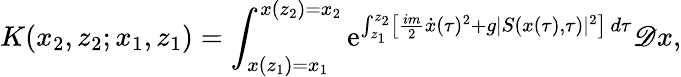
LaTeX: K(x_{2},z_{2};x_{1},z_{1})=\int_{x(z_{1})=x_{1}}^{x(z_{2})=x_{2}}\mathrm{e}^{\int_{z_{1}}^{z_{2}}\left\lbrack\frac{im}{2}\dot{x}(\tau)^{2}+g\vert S(x(\tau),\tau)\vert^{2}\right\rbrack\, d\tau}\mathscr{D}x,